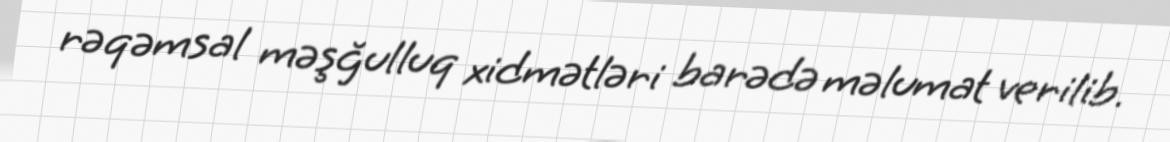
rəqəmsal məşğulluq xidmətləri barədə məlumat verilib.